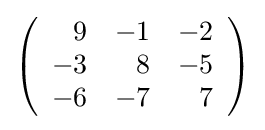
{\textstyle \left({\begin{array}{rrr}9&-1&-2\\-3&8&-5\\-6&-7&7\\\end{array}}\right)}